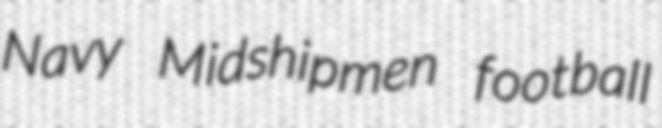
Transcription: Navy Midshipmen football